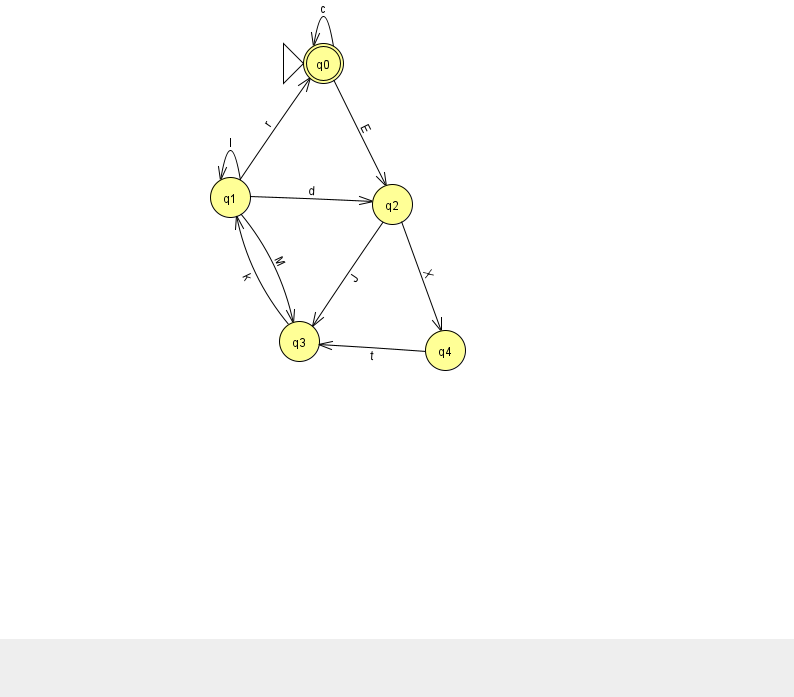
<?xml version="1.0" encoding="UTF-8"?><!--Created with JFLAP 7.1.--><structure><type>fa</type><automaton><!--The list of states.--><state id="0" name="q0"><x>323.0</x><y>50.0</y><initial/><final/></state><state id="1" name="q1"><x>230.0</x><y>184.0</y></state><state id="2" name="q2"><x>392.0</x><y>191.0</y></state><state id="3" name="q3"><x>299.0</x><y>328.0</y></state><state id="4" name="q4"><x>445.0</x><y>337.0</y></state><!--The list of transitions.--><transition><from>1</from><to>3</to><read>M</read></transition><transition><from>0</from><to>0</to><read>c</read></transition><transition><from>1</from><to>2</to><read>d</read></transition><transition><from>2</from><to>4</to><read>X</read></transition><transition><from>4</from><to>3</to><read>t</read></transition><transition><from>3</from><to>1</to><read>k</read></transition><transition><from>2</from><to>3</to><read>J</read></transition><transition><from>1</from><to>1</to><read>I</read></transition><transition><from>0</from><to>2</to><read>E</read></transition><transition><from>1</from><to>0</to><read>r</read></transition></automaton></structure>